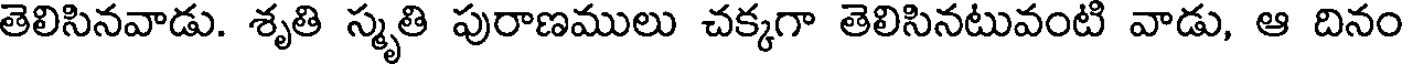
తెలిసినవాడు. శృతి స్మృతి పురాణములు చక్కగా తెలిసినటువంటి వాడు, ఆ దినం